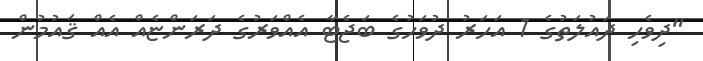
"ދިވެހި ދައުލަތުގެ 1 އަހަރު ދުވަހުގެ ބަޖެޓާ އެއްވަރުގެ ދަރަންޏެއް އެއް ޤައުމުން